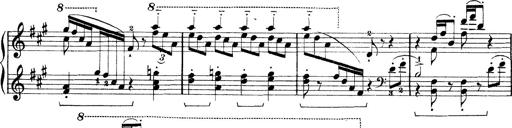
Title: Rapsodie: 19 ungheresi, 1 spagnuola
Composer: Franz Liszt